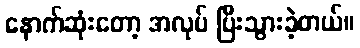
နောက်ဆုံးတော့ အလုပ် ပြီးသွားခဲ့တယ်။